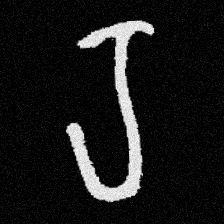
Pyu character \u2014 Myanmar letter: ရ (romanized: ra)